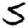
Digit: 5